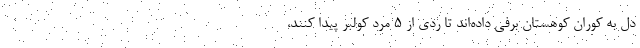
دل به کوران کوهستان برفی داده‌اند تا ردی از ٥ مرد کولبر پیدا کنند،